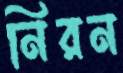
নিরন